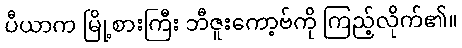
ပီယာက မြို့စားကြီး ဘီဇူးကော့ဗ်ကို ကြည့်လိုက်၏။